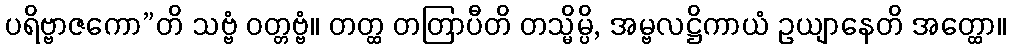
ပရိဗ္ဗာဇကော”တိ သဗ္ဗံ ဝတ္တဗ္ဗံ။ တတ္ထ တတြာပီတိ တသ္မိမ္ပိ, အမ္ဗလဋ္ဌိကာယံ ဥယျာနေတိ အတ္ထော။